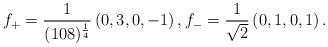
LaTeX: \begin{align*} f_+ = \frac{1}{(108)^{\frac{1}{4}}} \left(0, 3, 0, -1\right), f_- = \frac{1}{\sqrt{2}}\left(0,1,0,1\right).\end{align*}